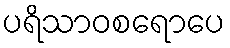
ပရိသာဝစရောပေ